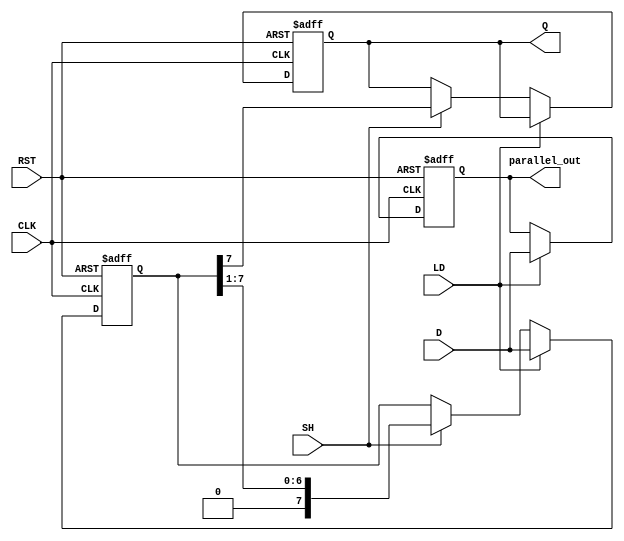
module PISO_Register #(
    parameter WIDTH = 8  // Parameter to define the width of the register
)(
    input wire [WIDTH-1:0] D,  // Parallel data inputs
    input wire LD,              // Load signal
    input wire SH,              // Shift signal
    input wire CLK,             // Clock signal
    input wire RST,             // Reset signal
    output reg Q,               // Serial output
    output reg [WIDTH-1:0] parallel_out // Parallel output (optional)
);

    reg [WIDTH-1:0] shift_reg;  // Shift register to hold the data

    // Asynchronous reset and load/shift operations
    always @(posedge CLK or posedge RST) begin
        if (RST) begin
            shift_reg <= {WIDTH{1'b0}}; // Reset all bits to 0
            Q <= 1'b0;                  // Reset serial output
            parallel_out <= {WIDTH{1'b0}}; // Reset parallel output
        end else begin
            if (LD) begin
                shift_reg <= D;         // Load parallel data into the register
                parallel_out <= D;      // Output the parallel data
            end else if (SH) begin
                Q <= shift_reg[WIDTH-1]; // Shift out the MSB to Q
                shift_reg <= {1'b0, shift_reg[WIDTH-1:1]}; // Shift right, fill with 0
            end
        end
    end

endmodule